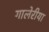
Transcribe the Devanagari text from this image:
गालेरीया